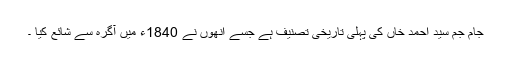
جام جم سید احمد خاں کی پہلی تاریخی تصنیف ہے جسے انھوں نے 1840ء میں آگرہ سے شائع کیا ۔